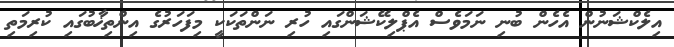
އިލެކްޝަނުން އެހެން ބުނި ނަމަވެސް އެޕްލިކޭޝަންގައި ހުރި ނަންތަކަކީ މިފަހަރުގެ އިންތިޚާބުގައި ކުރިމަތި